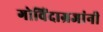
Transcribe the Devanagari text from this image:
गोविंदाग्रजांनी